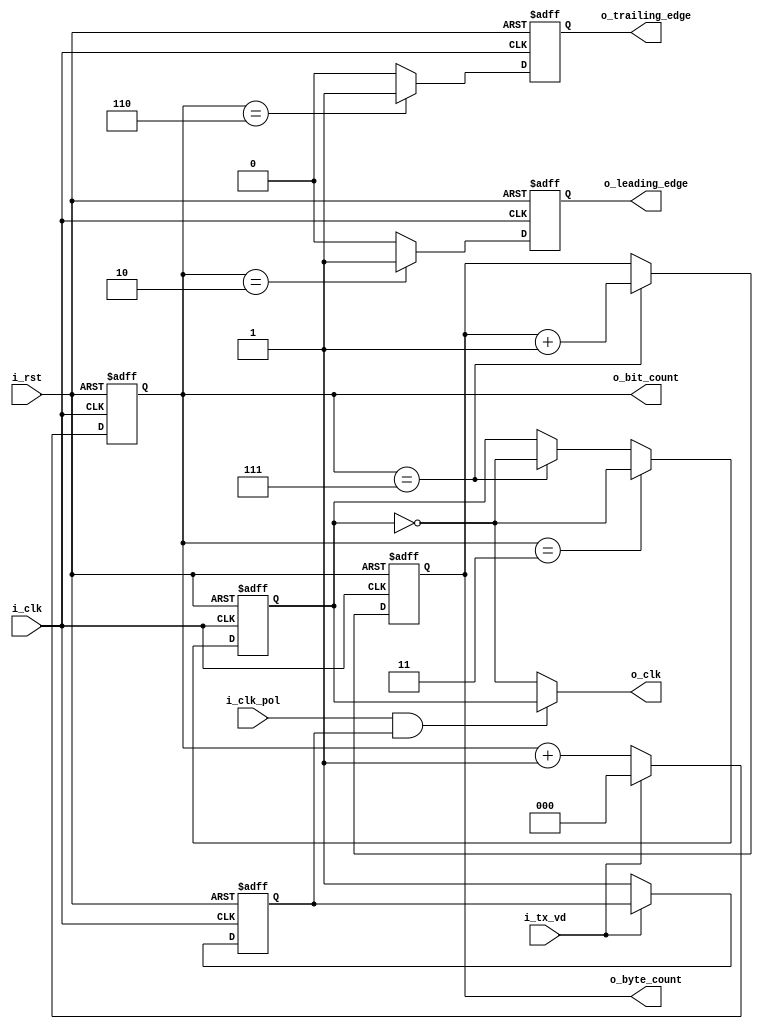


`timescale 1ns / 1ps
//////////////////////////////////////////////////////////////////////////////////
// Company: 
// Engineer: 
// 
// Design Name: 
// Module Name:    clk_divider 
// Project Name: 
// Target Devices: 
// Tool versions: 
// Description: 
//
// Dependencies: 
//
// Revision: 
// Revision 0.01 - File Created
// Additional Comments: 
//

//////////////////////////////////////////////////////////////////////////////////
module clk_divider(
 
input  wire                   i_clk,
input  wire                   i_rst,
input  wire                   i_tx_vd,
input  wire                   i_clk_pol,

output wire                   o_clk,
output reg                    o_leading_edge,
output reg                    o_trailing_edge,
output reg   [2:0]            o_bit_count,
output reg   [2:0]            o_byte_count
    );


// internal wires 

reg                           o_spi_clk;
reg                           start_capture_clk;

// bit counter 


always @(posedge i_clk or negedge i_rst )
  begin 
        if (!i_rst )
		begin
	        o_bit_count<='b0;
            start_capture_clk <= 1'b0;			
		end

	    else if (i_tx_vd )
	        o_bit_count<='b0;
	    else
			begin
                start_capture_clk <= 1'b1;			
		        o_bit_count <= o_bit_count +1;
	        end 
  end 
  
  
  
  // byte counter
  
  always @(posedge i_clk or negedge i_rst )
    begin 
        if (!i_rst )
  	        o_byte_count<='b0;
  	    else if (o_bit_count == 'b111)  
  		    o_byte_count <= o_byte_count +1;
  	    else   
            o_byte_count <= o_byte_count ;
    end 

  
// leading and trailing 

  
always @(posedge i_clk or negedge i_rst)
	begin
		if (!i_rst)
			begin
				o_trailing_edge<= 1'b0;
			end 
		else if (o_bit_count == 3'b110)
		    begin 
				o_trailing_edge<= 1'b1;
			end 
        else 
            begin 
				o_trailing_edge<= 1'b0;
            end 			
	end 
  
always @(posedge i_clk or negedge i_rst)
	begin
		if (!i_rst)
			begin
				o_leading_edge <= 1'b0;
			end 
		else if (o_bit_count == 3'b010)
		    begin 
				o_leading_edge <= 1'b1;
			end 
        else
            begin 
				o_leading_edge <= 1'b0;
            end 			
	end 
  
//o_clk signal 


// spi_clk generation   
  
  
  always @(posedge i_clk or negedge i_rst)
   begin 
        if (!i_rst)
		begin 
		        o_spi_clk <='b0;
	    end 
	    else if(o_bit_count == 'b011 )
			begin 
			    o_spi_clk <= ! o_spi_clk; 
            end 
		else if(o_bit_count == 'b111)
		    begin
			    o_spi_clk <= ! o_spi_clk;
			end 
        else  
           begin   
                o_spi_clk <= o_spi_clk;				
           end		   
	end  


assign o_clk = (i_clk_pol & start_capture_clk)? o_spi_clk: !o_spi_clk;
  
endmodule